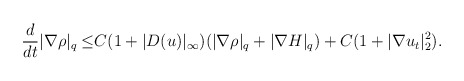
\begin{align*}\frac{d}{dt}|\nabla \rho|_q\leq& C(1+|D( u)|_\infty)(|\nabla \rho|_q+|\nabla H|_q)+C(1+|\nabla u_t|^2_2).\end{align*}